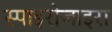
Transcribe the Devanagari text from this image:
स्पाइरोजाइरा